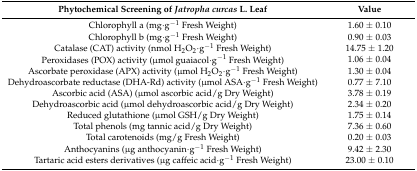
<table><thead><tr><td><b>Phytochemical Screening of <i>Jatropha curcas</i> L. Leaf</b></td><td><b>Value</b></td></tr></thead><tbody><tr><td>Chlorophyll a (mg·g<sup>−1</sup> Fresh Weight)</td><td>1.60 ± 0.10</td></tr><tr><td>Chlorophyll b (mg·g<sup>−1</sup> Fresh Weight)</td><td>0.90 ± 0.03</td></tr><tr><td>Catalase (CAT) activity (nmol H<sub>2</sub>O<sub>2</sub>·g<sup>−1</sup> Fresh Weight)</td><td>14.75 ± 1.20</td></tr><tr><td>Peroxidases (POX) activity (μmol guaiacol·g<sup>−1</sup> Fresh Weight)</td><td>1.06 ± 0.04</td></tr><tr><td>Ascorbate peroxidase (APX) activity (μmol H<sub>2</sub>O<sub>2</sub>·g<sup>−1</sup> Fresh Weight)</td><td>1.30 ± 0.04</td></tr><tr><td>Dehydroascorbate reductase (DHA-Rd) activity (μmol ASA·g<sup>−1</sup> Fresh Weight)</td><td>0.77 ± 7.10</td></tr><tr><td>Ascorbic acid (ASA) (μmol ascorbic acid/g Dry Weight)</td><td>3.78 ± 0.19</td></tr><tr><td>Dehydroascorbic acid (μmol dehydroascorbic acid/g Dry Weight)</td><td>2.34 ± 0.20</td></tr><tr><td>Reduced glutathione (μmol GSH/g Dry Weight)</td><td>1.75 ± 0.14</td></tr><tr><td>Total phenols (mg tannic acid/g Dry Weight)</td><td>7.36 ± 0.60</td></tr><tr><td>Total carotenoids (mg/g Fresh Weight)</td><td>0.20 ± 0.03</td></tr><tr><td>Anthocyanins (μg anthocyanin·g<sup>−1</sup> Fresh Weight)</td><td>9.42 ± 2.30</td></tr><tr><td>Tartaric acid esters derivatives (μg caffeic acid·g<sup>−1</sup> Fresh Weight)</td><td>23.00 ± 0.10</td></tr></tbody></table>